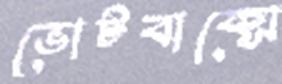
ভোটবাক্সে